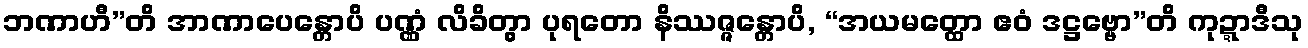
ဘဏာဟီ”တိ အာဏာပေန္တောပိ ပဏ္ဏံ လိခိတွာ ပုရတော နိဿဇ္ဇန္တောပိ, “အယမတ္ထော ဧဝံ ဒဋ္ဌဗ္ဗော”တိ ကုဍ္ဍာဒီသု